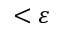
< \varepsilon